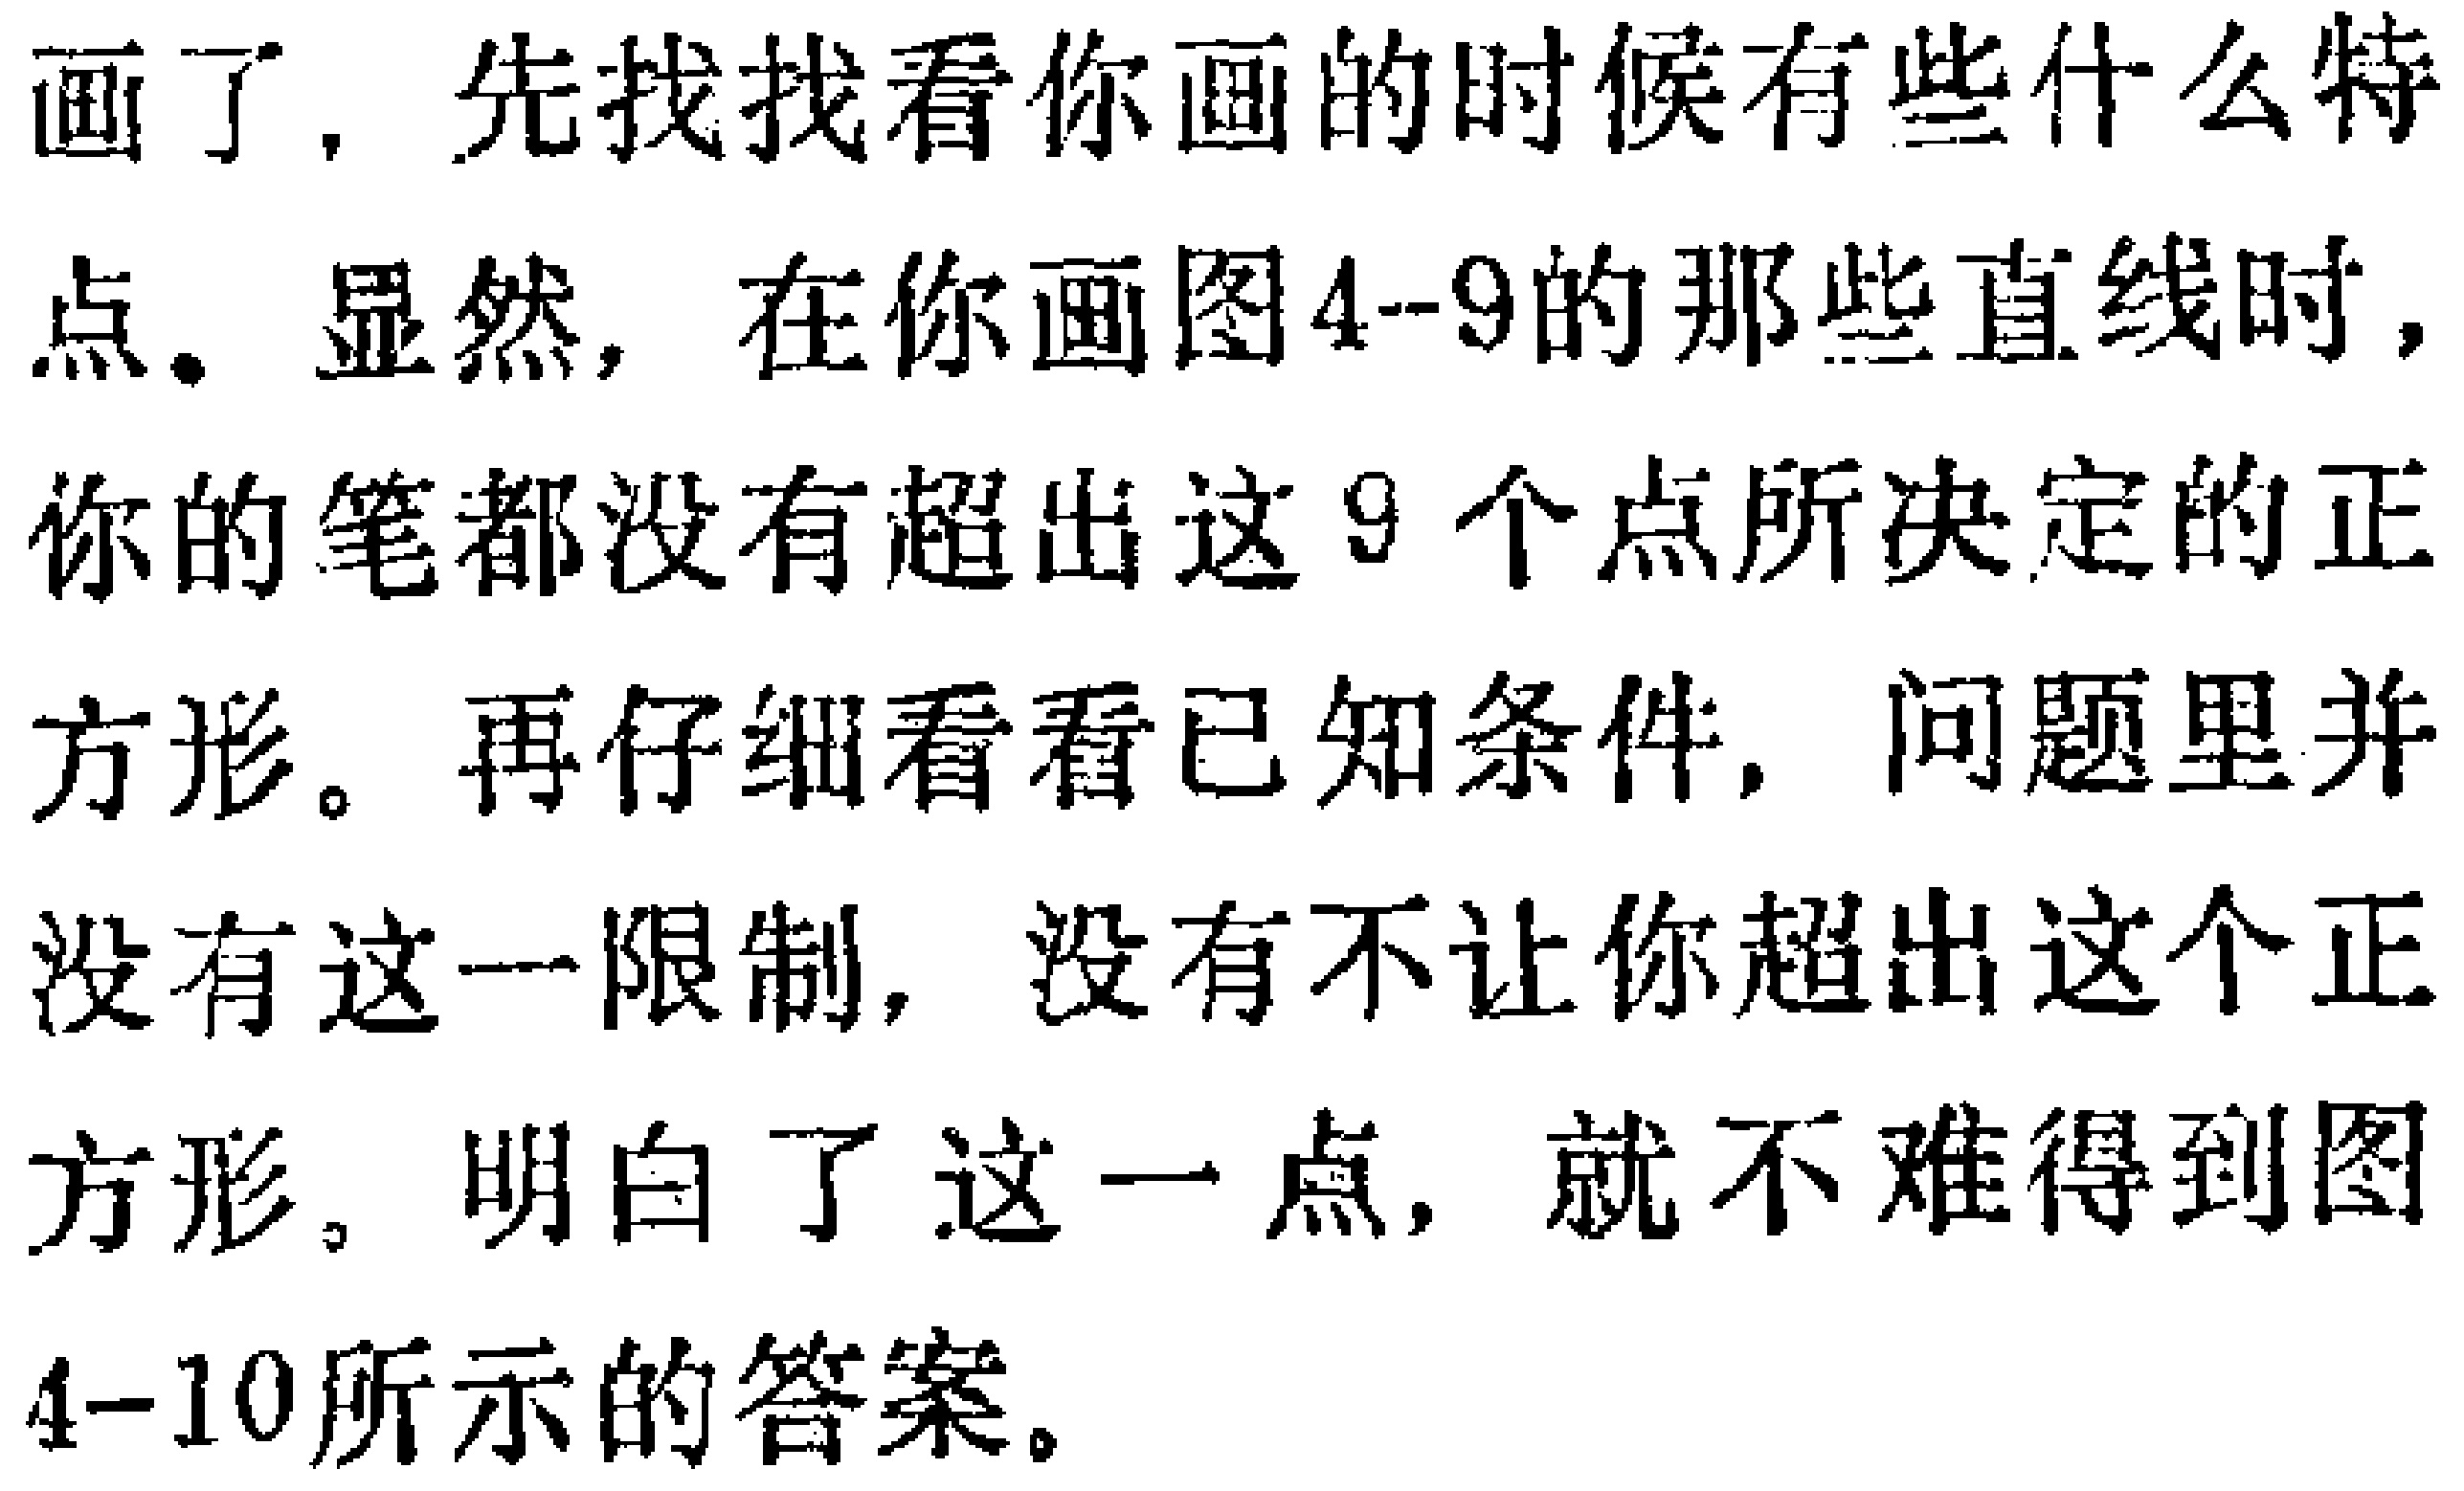
画了，先找找看你画的时候有些什么特

点。显然，在你画图4--9的那些直线时，

你的笔都没有超出这9个点所决定的正

方形。再仔细看看已知条件，问题里并

没有这一限制，没有不让你超出这个正

方形。明白了这一点，就不难得到图

4--10所示的答案。